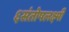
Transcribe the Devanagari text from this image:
६संतोषलक्ष्मी